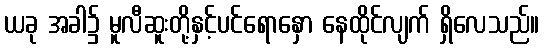
ယခု အခါ၌ မူလီဆူးတို့နှင့်ပင်ရောနှော နေထိုင်လျက် ရှိလေသည်။